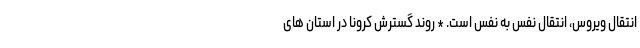
انتقال ویروس، انتقال نفس به نفس است. * روند گسترش کرونا در استان های